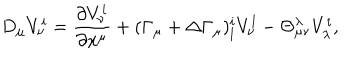
D _ { \mu } V _ { \nu } ^ { i } = \frac { \partial V _ { \nu } ^ { i } } { \partial x ^ { \mu } } + ( \Gamma _ { \mu } + \Delta \Gamma _ { \mu } ) _ { l } ^ { i } V _ { \nu } ^ { l } - \Theta _ { \mu \nu } ^ { \lambda } V _ { \lambda } ^ { i } ,